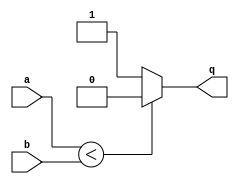
/* Generated by Yosys 0.43+3 (git sha1 b08688f71, clang++ 14.0.0-1ubuntu1.1 -fPIC -Os) */
module comparator(q, a, b);
  wire _0_;
  input [7:0] a;
  wire [7:0] a;
  input [7:0] b;
  wire [7:0] b;
  output q;
  wire q;
  assign _0_ = a <  b;
  assign q = _0_ ?  1'h0 : 1'h1;
endmodule